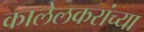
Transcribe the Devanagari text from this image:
कालेलकरांच्या